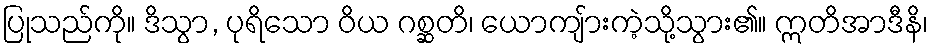
ပြုသည်ကို။ ဒိသွာ, ပုရိသော ဝိယ ဂစ္ဆတိ၊ ယောကျ်ားကဲ့သို့သွား၏။ ဣတိအာဒီနိ၊